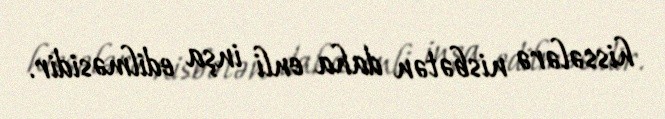
hissələrə nisbətən daha enli inşa edilməsidir.